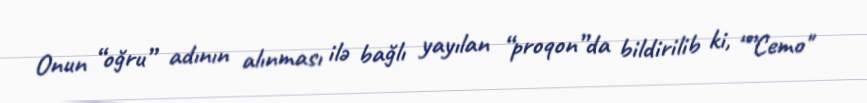
Onun “oğru” adının alınması ilə bağlı yayılan “proqon”da bildirilib ki, “”Cemo"